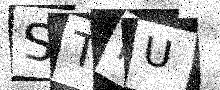
Text: STHU